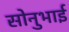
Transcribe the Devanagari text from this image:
सोनुभाई